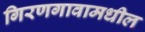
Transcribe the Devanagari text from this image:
गिरणगावामधील